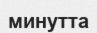
минутта